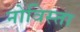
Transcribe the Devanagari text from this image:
नोविस्ता